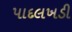
પાદલખડી